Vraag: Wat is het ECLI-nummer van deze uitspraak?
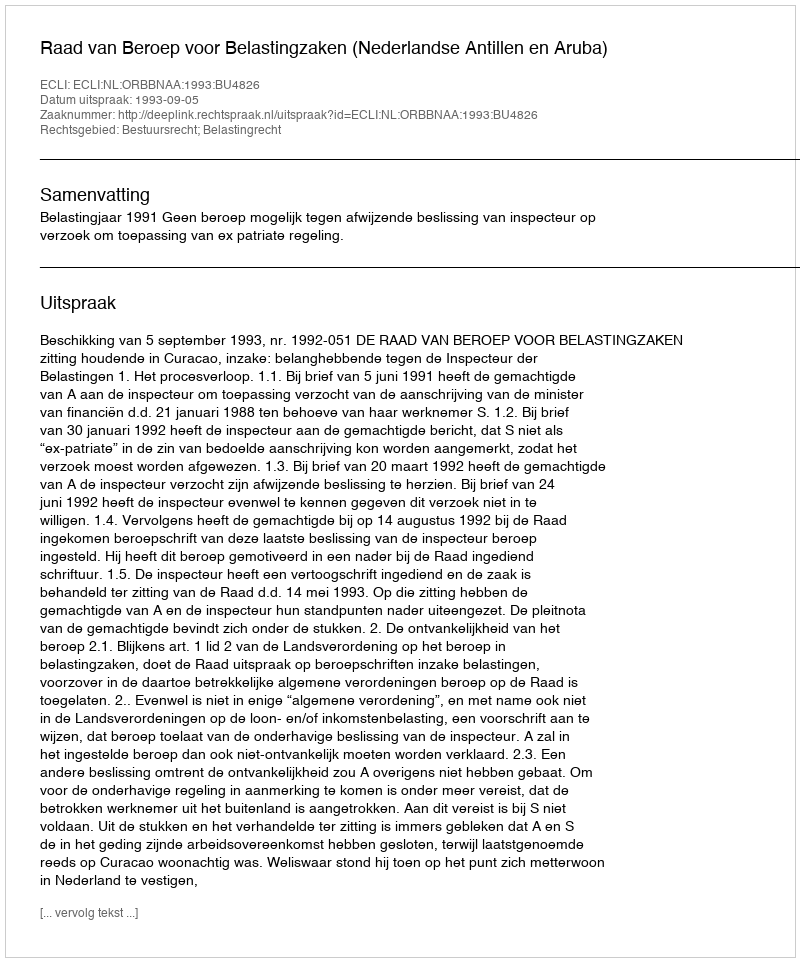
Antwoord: ECLI:NL:ORBBNAA:1993:BU4826